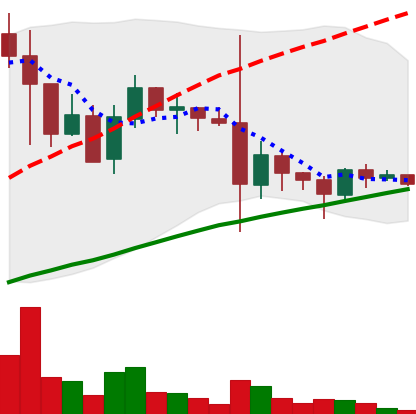
Ticker: DOGE-USD
Chart end date: 2021-05-27
Forward return: 11.153%
Label: up_7plus